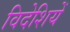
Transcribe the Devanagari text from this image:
विदेशियें